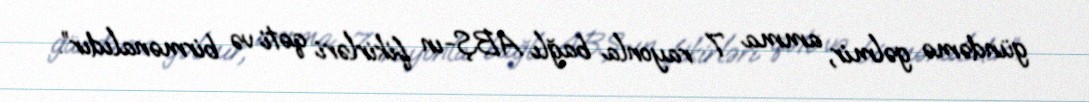
gündəmə gəlmir, amma 7 rayonla bağlı ABŞ-ın fikirləri qəti və birmənalıdır”.